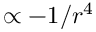
\propto - 1 / r ^ { 4 }